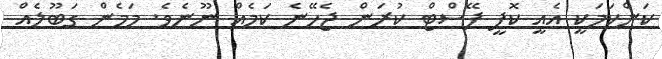
ކަންކަމަކީ އެއީ ކޮޕީ ޕޭސްޓް ކުރަން ޖެހޭނެ ކަމެއް ނޫނެވެ. މަމެން ގަބޫލެއް